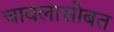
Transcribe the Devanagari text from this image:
चावलासोबत